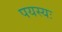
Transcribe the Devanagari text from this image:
पयस्यः